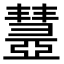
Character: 𢑹